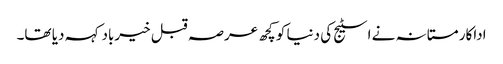
اداکار مستانہ نے اسٹیج کی دنیا کو کچھ عرصہ قبل خیرباد کہہ دیا تھا۔